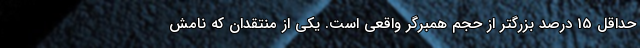
حداقل 15 درصد بزرگتر از حجم همبرگر واقعی است. یکی از منتقدان که نامش